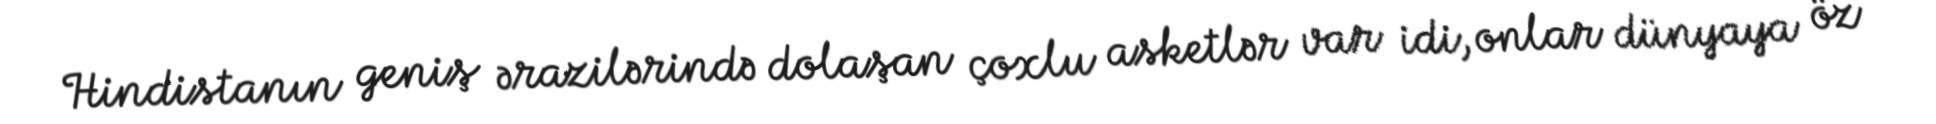
Hindistanın geniş ərazilərində dolaşan çoxlu asketlər var idi, onlar dünyaya öz